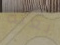
بعثة